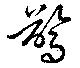
驚